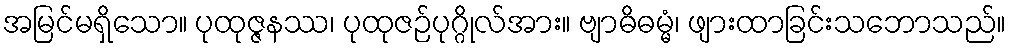
အမြင်မရှိသော။ ပုထုဇ္ဇနဿ၊ ပုထုဇဉ်ပုဂ္ဂိုလ်အား။ ဗျာဓိဓမ္မံ၊ ဖျားထာခြင်းသဘောသည်။